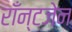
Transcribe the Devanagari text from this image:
राँन्टजेन